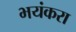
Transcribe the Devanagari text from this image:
भयंकरा